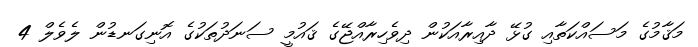
މަޤާމުގެ މަސައްކަތާއި ގުޅޭ ދާއިރާއަކުން ދިވެހިރާއްޖޭގެ ޤައުމީ ސަނަދުތަކުގެ އޮނިގަނޑުން ލެވެލް 4